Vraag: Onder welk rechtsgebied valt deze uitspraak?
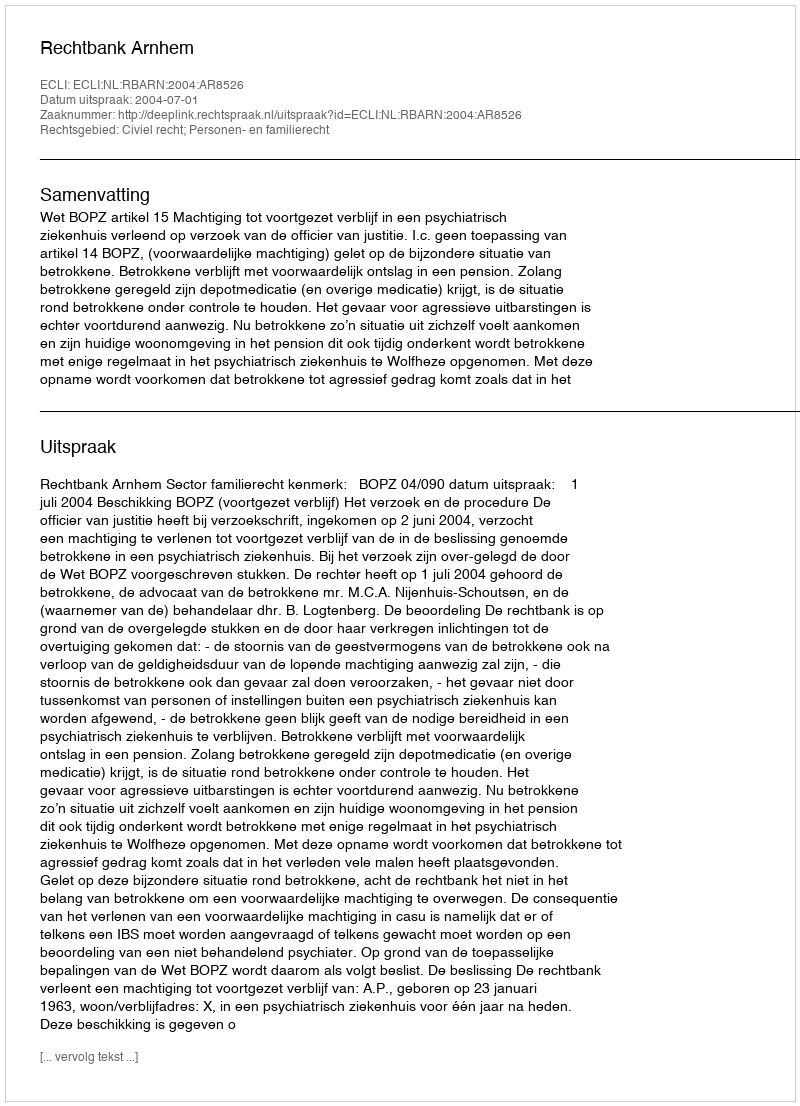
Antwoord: Civiel recht; Personen- en familierecht